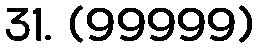
31. (99999)